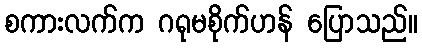
စကားလက်က ဂရုမစိုက်ဟန် ပြောသည်။